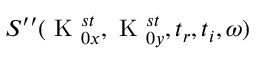
S ^ { \prime \prime } ( \textrm { K } _ { 0 x } ^ { s t } , \textrm { K } _ { 0 y } ^ { s t } , t _ { r } , t _ { i } , \omega )